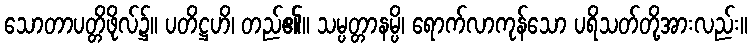
သောတာပတ္တိဖိုလ်၌။ ပတိဋ္ဌဟိ၊ တည်၏။ သမ္ပတ္တာနမ္ပိ၊ ရောက်လာကုန်သော ပရိသတ်တို့အားလည်း။